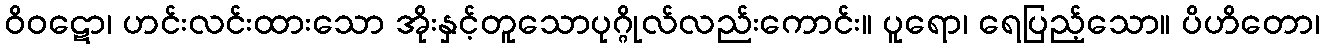
ဝိဝဋော၊ ဟင်းလင်းထားသော အိုးနှင့်တူသောပုဂ္ဂိုလ်လည်းကောင်း။ ပူရော၊ ရေပြည့်သော။ ပိဟိတော၊